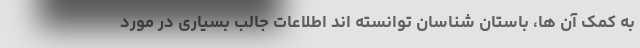
به کمک آن ها، باستان شناسان توانسته اند اطلاعات جالب بسیاری در مورد